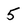
Character: 5